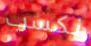
نكسب